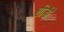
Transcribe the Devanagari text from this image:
शीर्डी